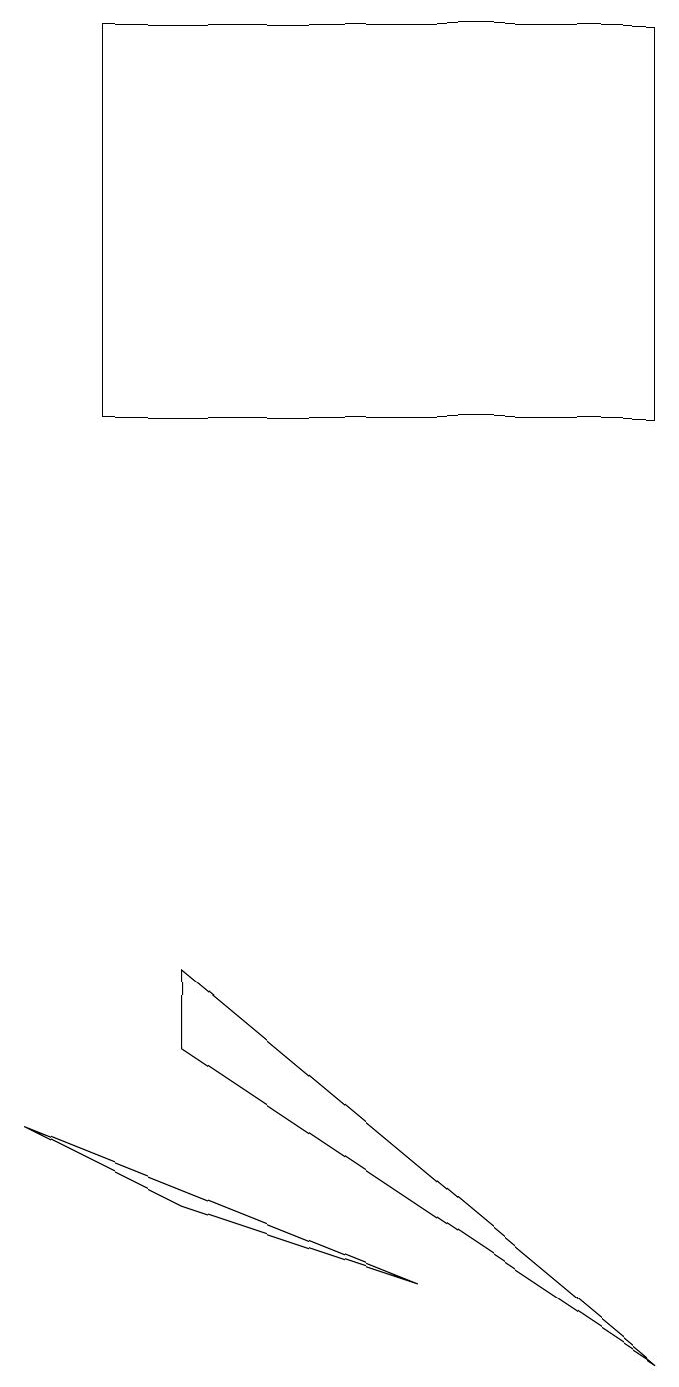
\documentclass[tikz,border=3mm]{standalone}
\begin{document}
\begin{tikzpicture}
\draw (2,4) -- (8,0) -- (2,5) -- cycle;
\draw (5,1) -- (0,3) -- (2,2) -- cycle;
\draw (8,17) rectangle (1,12);
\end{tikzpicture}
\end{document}